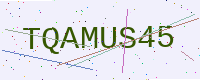
Text: TQAMUS45